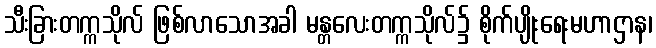
သီးခြားတက္ကသိုလ် ဖြစ်လာသောအခါ မန္တလေးတက္ကသိုလ်၌ စိုက်ပျိုးရေးမဟာဌာန၊